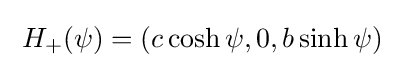
\;H_{+}(\psi )=(c\cosh \psi ,0,b\sinh \psi )\;